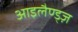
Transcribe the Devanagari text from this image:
आइलैण्ड्ज़